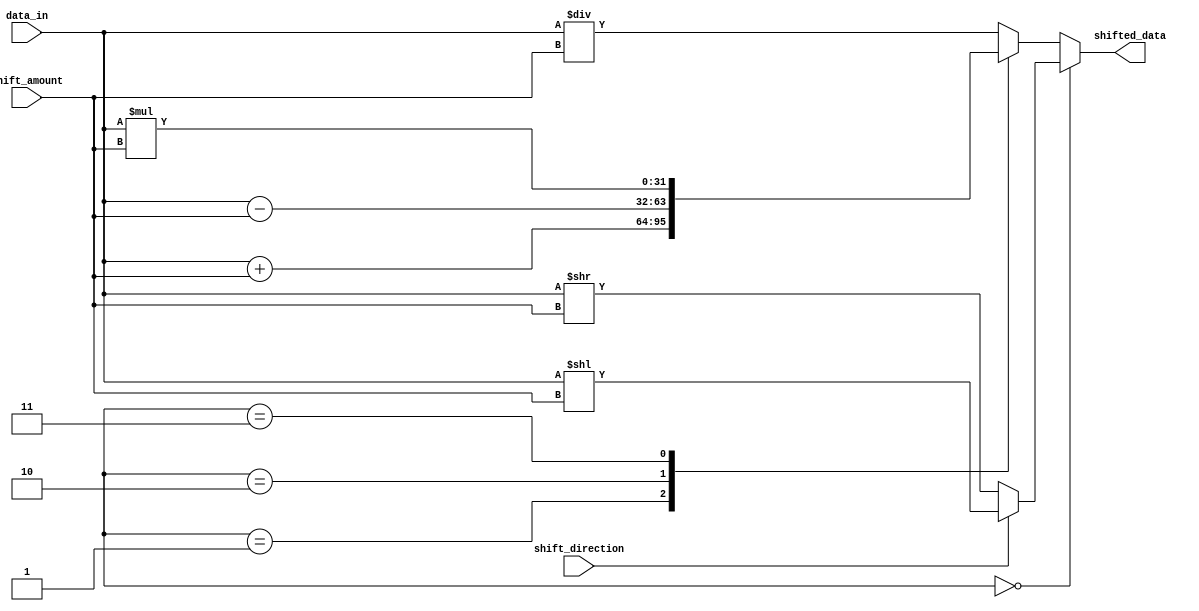
module hybrid_barrel_shifter (
    input [31:0] data_in,
    input [3:0] shift_amount,
    input shift_direction,
    output reg [31:0] shifted_data
);

// Define shift register for holding intermediate results
reg [31:0] shift_reg;

// Define arithmetic blocks for performing operations
reg [31:0] add_result;
reg [31:0] sub_result;
reg [31:0] mul_result;
reg [31:0] div_result;

// Define multiplexers for selecting operation
reg [31:0] selected_operation;

// Define control signals
reg [1:0] control_signal;

always @(data_in, shift_amount, shift_direction)
begin
    // Perform arithmetic operations
    add_result = data_in + shift_amount;
    sub_result = data_in - shift_amount;
    mul_result = data_in * shift_amount;
    div_result = data_in / shift_amount;

    // Select operation based on control signal and shift direction
    if (control_signal == 2'b00) begin // Barrel shift
        if (shift_direction) begin // Shift left
            selected_operation = data_in << shift_amount;
        end else begin // Shift right
            selected_operation = data_in >> shift_amount;
        end
    end else begin // Arithmetic shift
        case (control_signal)
            2'b01: selected_operation = add_result; // Addition
            2'b10: selected_operation = sub_result; // Subtraction
            2'b11: selected_operation = mul_result; // Multiplication
            default: selected_operation = div_result; // Division
        endcase
    end

    // Store intermediate result in shift register
    shift_reg <= selected_operation;
end

// Assign shifted data based on shift direction
always @(shift_reg, shift_direction)
begin
    if (shift_direction) begin // Shift left
        shifted_data = shift_reg;
    end else begin // Shift right
        shifted_data = shift_reg;
    end
end

endmodule